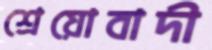
শ্রেয়োবাদী